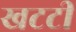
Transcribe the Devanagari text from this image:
खटटी